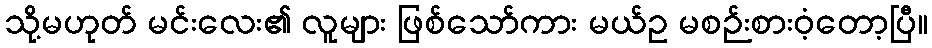
သို့မဟုတ် မင်းလေး၏ လူများ ဖြစ်သော်ကား မယ်ဥ မစဉ်းစားဝံ့တော့ပြီ။